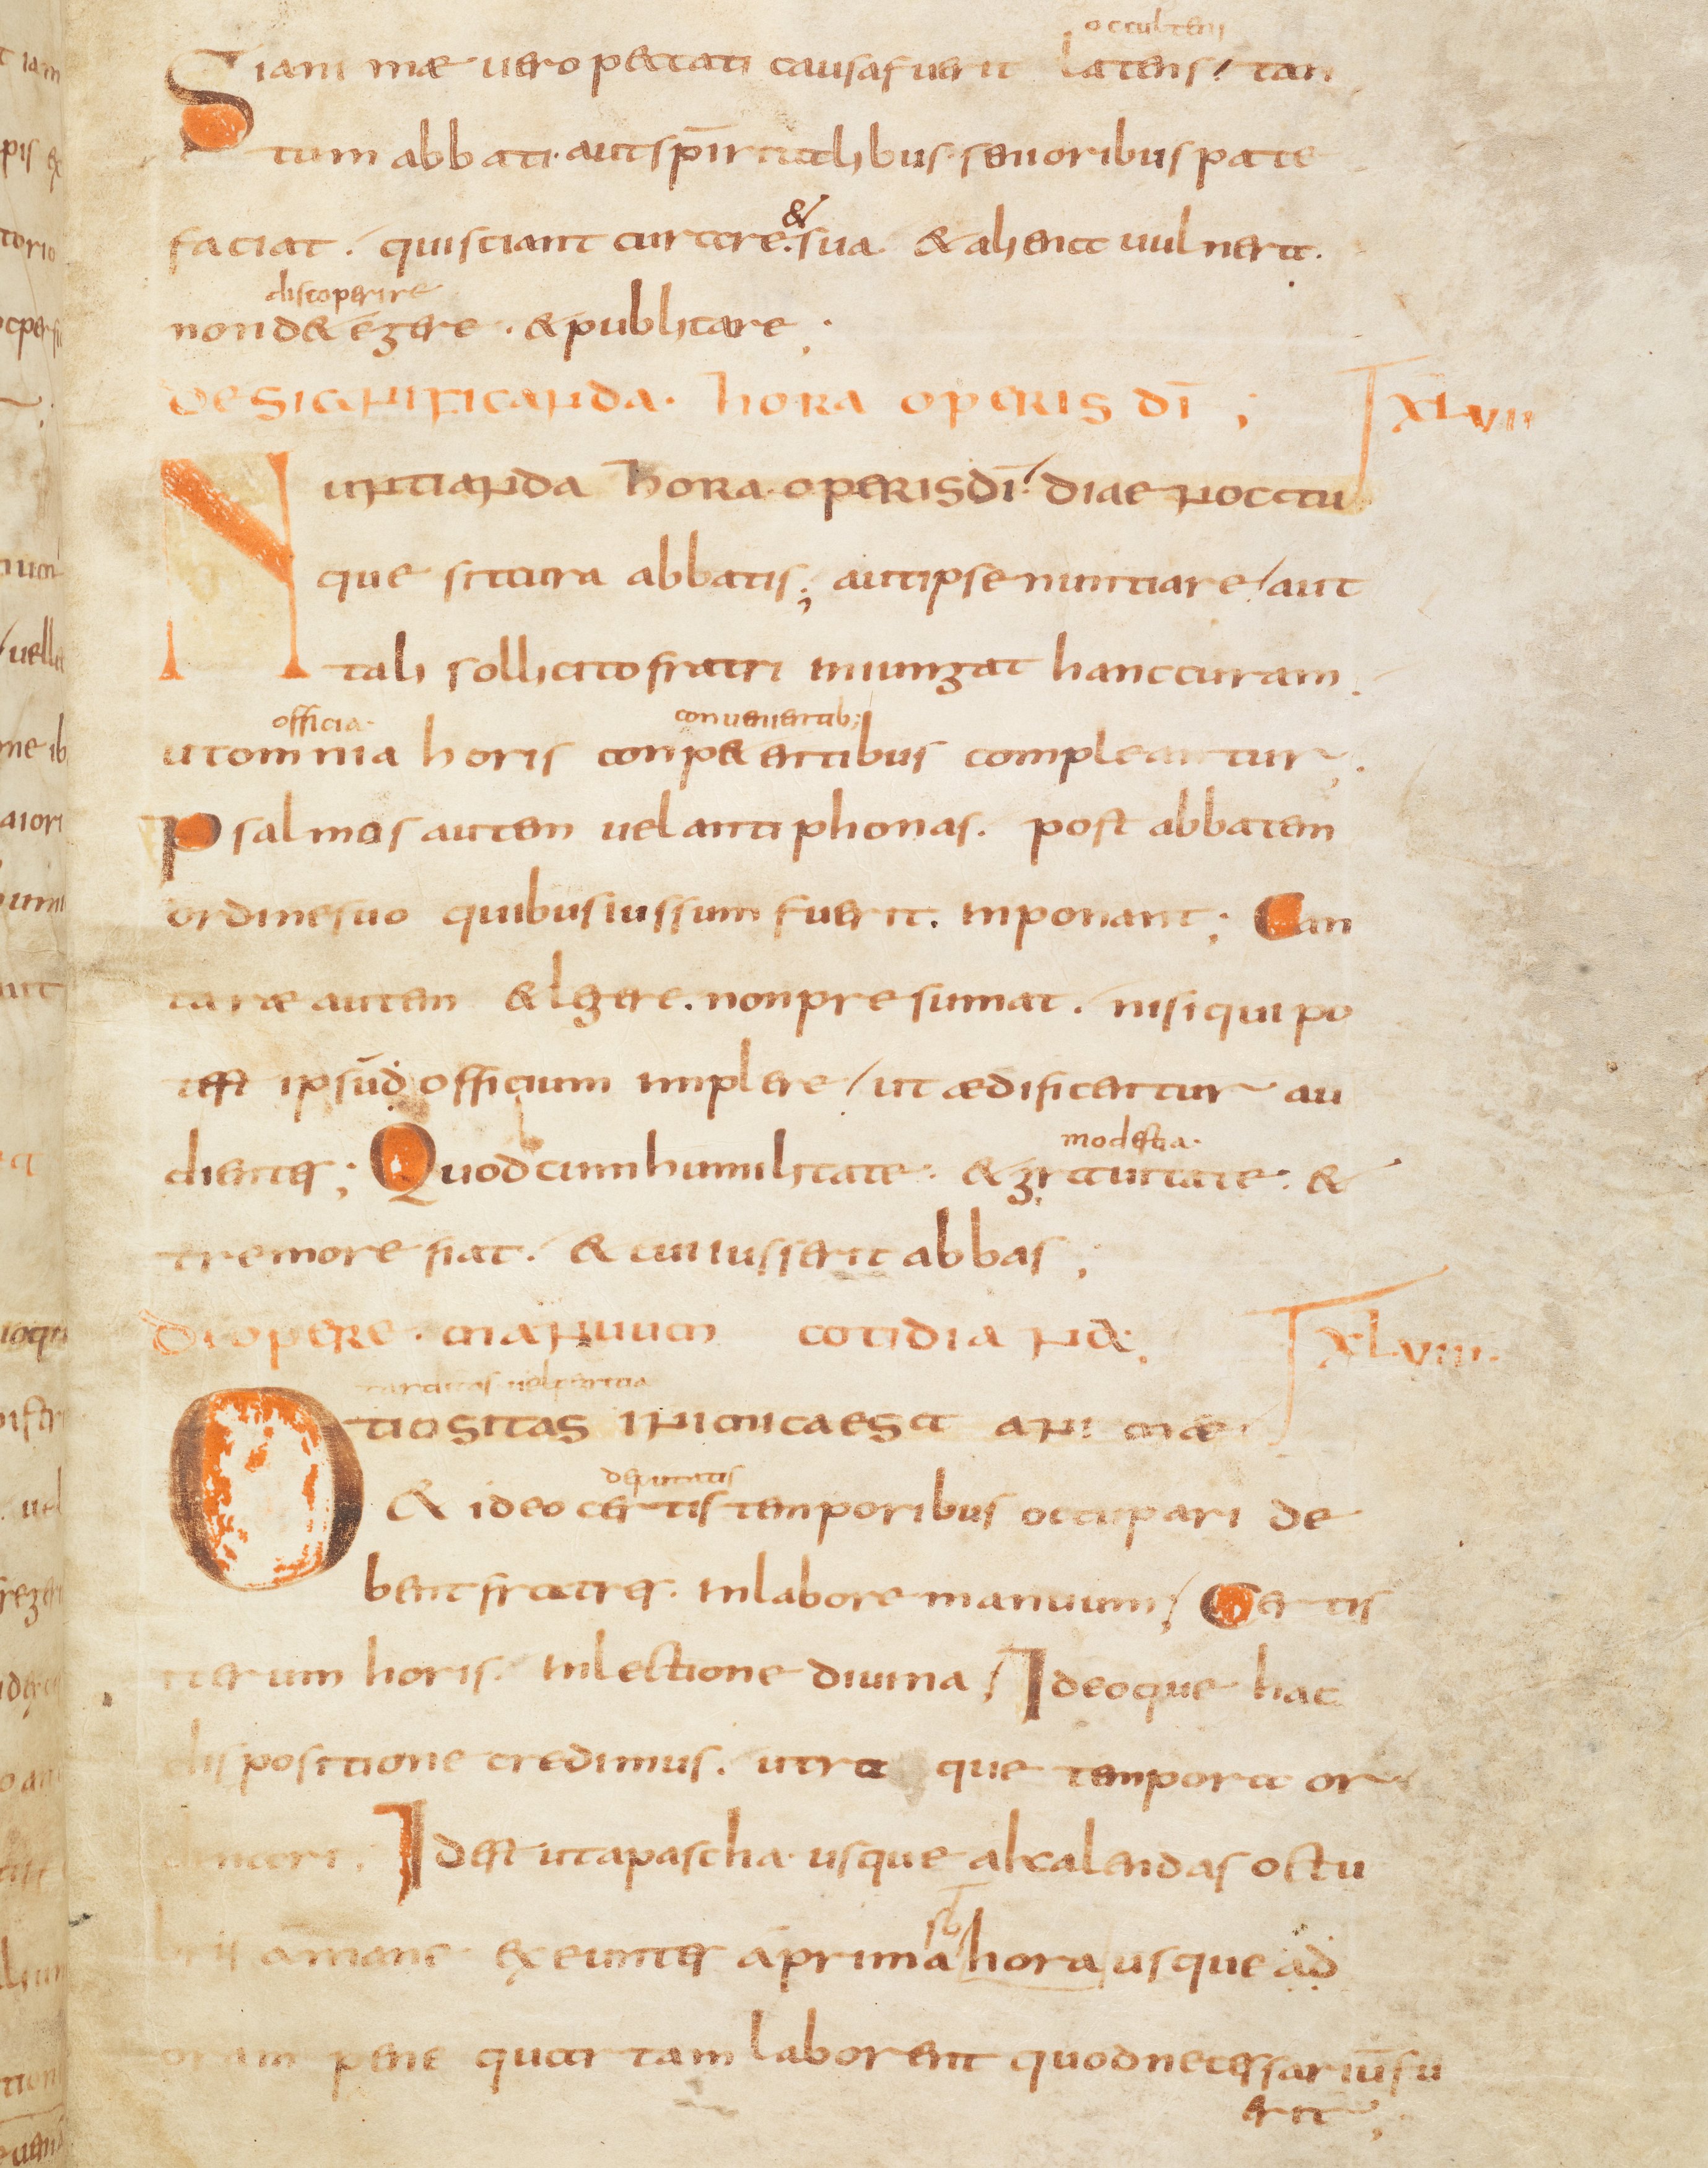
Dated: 800–849